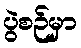
ပွဲစဉ်မှာ